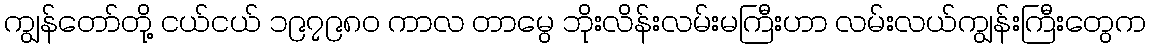
ကျွန်တော်တို့ ငယ်ငယ် ၁၉၇၉၈၀ ကာလ တာမွေ ဘိုးလိန်းလမ်းမကြီးဟာ လမ်းလယ်ကျွန်းကြီးတွေက